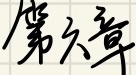
第六章